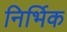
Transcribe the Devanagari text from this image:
निर्भिक